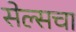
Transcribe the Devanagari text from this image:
सेल्सचा